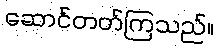
ဆောင်တတ်ကြသည်။